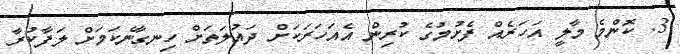
3. ކޮންމެ މާލީ އަހަރެއް ފެށުމުގެ ކުރިން އެއަހަރަކަށް ދައުލަތަށް ހިނގާނެކަމަށް ލަފާކުރާ